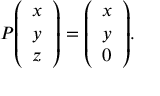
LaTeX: P { \left( \begin{array} { l } { x } \\ { y } \\ { z } \end{array} \right) } = { \left( \begin{array} { l } { x } \\ { y } \\ { 0 } \end{array} \right) } .